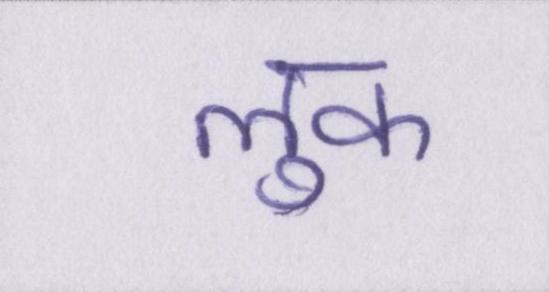
लुक